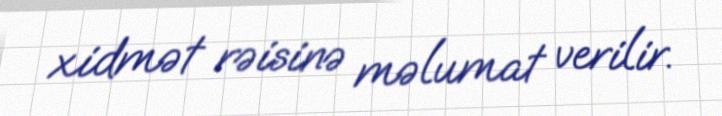
xidmət rəisinə məlumat verilir.